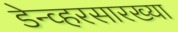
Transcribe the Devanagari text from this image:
डेन्व्हरसारख्या